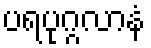
ပရပုဂ္ဂလာနံ